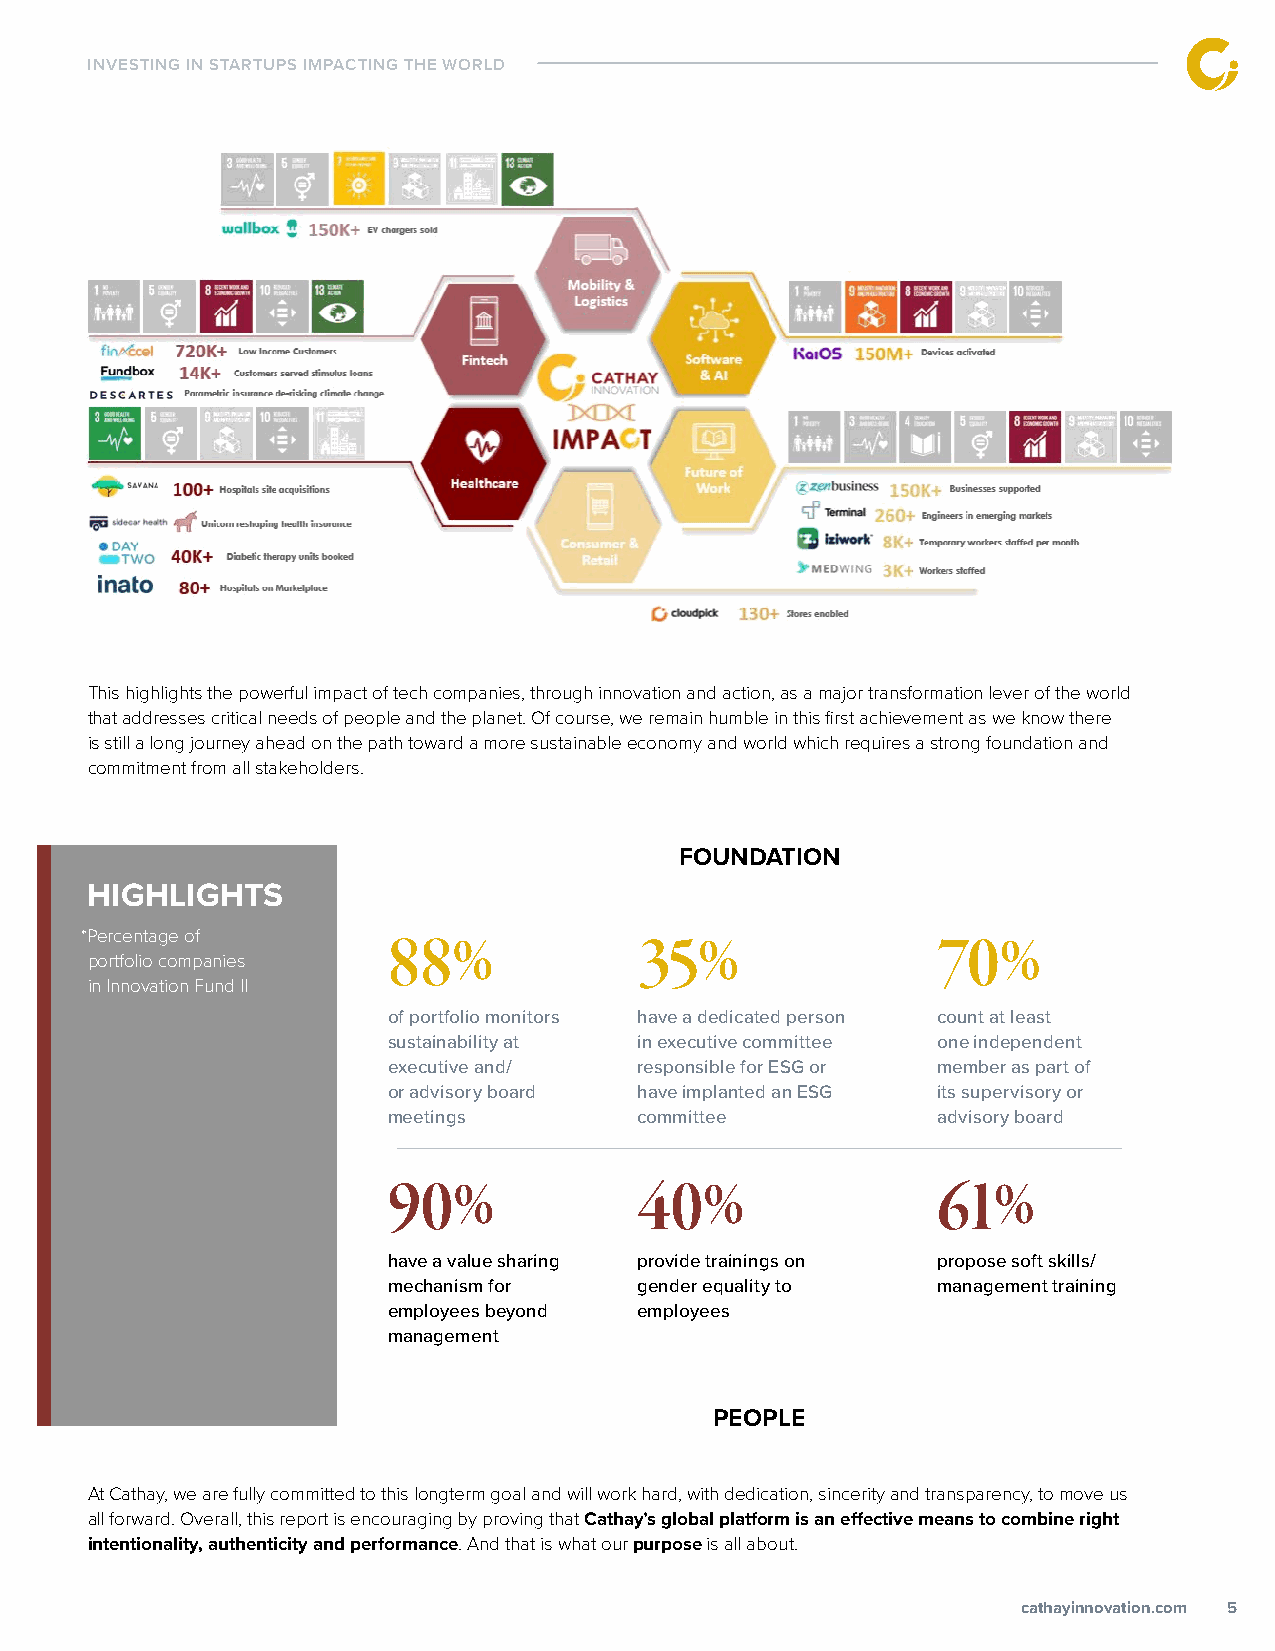
INVESTING IN STARTUPS IMPACTING THE WORLD
 This highlights the powerful impact of tech companies, through innovation and action, as a major transformation lever of the world
 that addresses critical needs of people and the planet. Of course, we remain humble in this first achievement as we know there
 is still a long journey ahead on the path toward a more sustainable economy and world which requires a strong foundation and
 commitment from all stakeholders.
 FOUNDATION
 HIGHLIGHTS
 *Percentage of       88%             35%                 70%
 portfolio companies
 in Innovation Fund II
 of portfolio monitors have a dedicated person count at least
 sustainability at in executive committee one independent
 executive and/  responsible for ESG or member as part of
 or advisory board have implanted an ESG its supervisory or
 meetings        committee           advisory board
 90%             40%                 61%
 have a value sharing provide trainings on propose soft skills/
 mechanism for   gender equality to  management training
 employees beyond employees
 management
 PEOPLE
 At Cathay, we are fully committed to this longterm goal and will work hard, with dedication, sincerity and transparency, to move us
 all forward. Overall, this report is encouraging by proving that Cathay’s global platform is an effective means to combine right
 intentionality, authenticity and performance. And that is what our purpose is all about.
 ccaatthhaayyiinnnnoovvaattiioonn..ccoomm 5